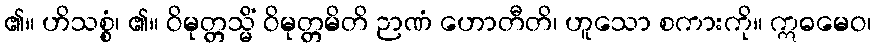
၏။ ဟိသစ္စံ၊ ၏။ ဝိမုတ္တသ္မိံ ဝိမုတ္တမိတိ ဉာဏံ ဟောတီတိ၊ ဟူသော စကားကို။ ဣဓမေဝ၊